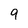
Character: 9